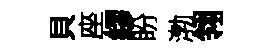
貝座繆盼渤翎